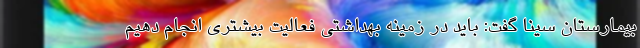
بیمارستان سینا گفت: باید در زمینه بهداشتی فعالیت بیشتری انجام دهیم